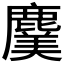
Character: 𮭸